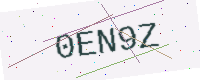
Text: 0EN9Z